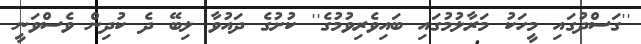
''ގަސްދުގައި މީހަކު މަރާލުމުގައި ބައިވެރިވުމުގެ'' ކުށުގެ ދައުވާ ލިބޭ ދެ ކުދިން ވެސްވަނީ